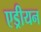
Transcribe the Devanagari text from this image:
एड्रीयन